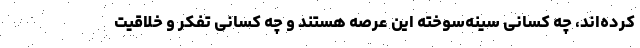
کرده‌اند، چه کسانی سینه‌سوخته این عرصه هستند و چه کسانی تفکر و خلاقیت